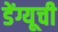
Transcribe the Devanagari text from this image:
डेंग्यूची